Medical and sanitary report of the native army of Madras for the year
Year: 1875
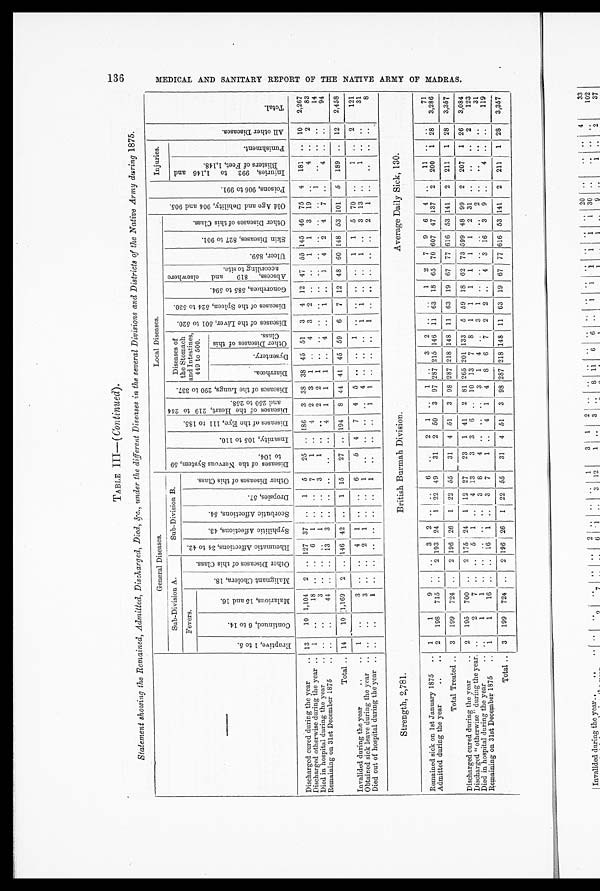
TABLE III— (Continued).
Statement showing the Remained, Admitted, Discharged, Died, &c., under the different Diseases in the several Divisions and Districts of the Native Army during 1875.
—
General Diseases.
Local Diseases.
O l d A g e a n d D e b i l i t y , 9 0 4 a n d 9 0 5 .
P o i s o n s , 9 0 6 t o 9 9 1 .
Injuries.
A l l o t h e r D i s e a s e s .
Total.
Sub-Division A.
Sub-Division B.
D i s e a s e s o f t h e N e r v o u s S y s t e m , 5 9 t o 1 0 4 .
I n s a n i t y , 1 0 5 t o 1 1 0 .
D i s e a s e s o f t h e E y e , 1 1 1 t o 1 8 5 .
D i s e a s e s o f t h e H e a r t , 2 1 9 t o 2 4 4 a n d 2 5 0 t o 2 5 8 .
D i s e a s e s o f t h e L u n g s , 2 9 0 t o 3 3 7 .
Diseases of
the Stomach
and Intestines,
449 to 500.
D i s e a s e s o f t h e L i v e r , 5 0 1 t o 5 2 0 . D i s e a s e s o f t h e S p l e e n , 5 2 4 t o 5 3 0 .
G o n o r r h œ a , 5 8 5 t o 5 9 4 .
A b s c e s s , 8 1 9 a n d e l s e w h e r e a c c o r d i n g t o s i t e .
U l c e r , 8 5 9 .
S k i n D i s e a s e s , 8 2 7 t o 9 0 1 . O t h e r D i s e a s e s o f t h i s C l a s s .
I n j u r i e s , 9 9 2 t o 1 , 1 4 6 a n d B l i s t e r s o f F e e t , 1 , 1 4 8 .
P u n i s h me n t .
Fevers.
M a l i g n a n t C h o l e r a , 1 8 .
O t h e r D i s e a s e s o f t h i s C l a s s .
R h e u m a t i c A f f e c t i o n s , 3 4 t o 4 2 .
S y p h i l i t i c A f f e c t i o n s , 4 3 . S c o r b u t i c A f f e c t i o n s , 5 4 .
Dr o p s i e s , 5 7 .
O t h e r D i s e a s e s o f t h i s C l a s s .
E r u p t i v e , 1 t o 5 .
C o n t i n u e d , 6 t o 1 4 .
M a l a r i o u s , 1 5 a n d 1 6 .
Di a r r h œa .
Dys e nt e r y.
O t h e r D i s e a s e s o f t h i s C l a s s .
Discharged cured during the year
.. 13
10 1,104 2 .. 127 37 ..
1 5
25 .. 186 3 38 38 45 51
3 4 12 47 55 145 46 75 4 181 .. 10
2,267
Discharged otherwise during the year .. 1
..
18 .. ..
6 1 .. ..
7
1 ..
4 2 3 1 ..
4 3 2 ..
1
1 3 19 ..
4 ..
2
83
Died in hospital during the year
.. ..
..
3 .. .. ..
1 .. ..
3
1
2 2 1
.. .. .. ..
1
14
Remaining on 31st December 1875
. .. .
44 .
.. 13 3 .. .. ..
..
..
4 1
1
1 ..
4 ..
1 .
1
4 2 4 7 .
4 .. ..
94
Total .. 14 10
1,169 2 .. 146 42 ..
1 15
27 . . 194 8 44 41 45 59 6 7 12 48 60 148 53 101 5 189 . . 12
2,458
Invalided during the year
1
3 .. ..
4 1 .. ..
6
5 4
7 4 5 .. ..
1 .. .. .. ..
1
1 5 70 ..
1 ..
2
121
Obtained sick leave during the year .. ..
..
3 .. ..
2 1 .. ..
1
..
.. .. ..
4 .. .. ..
1
1 .. ..
1 ..
3 13 ..
1 .. ..
31
Died out of hospital during the year .. ..
..
1 .. .. .. .. .. .. 1
1 1
1
2 1
8
Strength, 2,781.
British Burmah Division.
Average Daily Sick, 130.
Remained sick on 1st January 1875 .. 1
1
9 .. ..
3 2 .. ..
6
..
2 1 ..
1 ..
3 2 .. ..
1 2 7 9 6 4 ..
11 .. ..
71
Admitted during the year
. . ..
2 198 715 ..
2 193 24 1 22 49
31 2 50 3 97 287 215 146 11 63 18 65 70 607 47 137 2 200 1 28
3,286
Total Treated .. 3 199 724 ..
2 196 26 1 22 55
31 4 51 3 98 287 218 148 11 63 19 67 77 616 53 141
2
211 1 28
3,357
Discharged cured during the year
.. 2 195 700 ..
2 175 24 1 12 27
23 1 41 2 81 265 201 133 5 59 18 62 73 599 48 99 2 207 1 26
3,084
Discharged "otherwise" during the year ..
2
7 .. ..
5 1 ..
4 13
3 3 6 .
10 13 7 8 1 1
1 1 1 1 2 31 ..
..
..
2
123
Died in hospital during the year
.. ..
1
1 .. .. .. .. ..
3 8
4 .. .. ..
3 1 4 ..
3 1 .........
2 .......
31
Remaining on 31st December 1875
.. 1
1
16 .. .. 16 1 ..
3 7
1 ..
4 1 4 8 6 7 2 2 ..
4 3 16 3 9 .. 4
119
Total .. 3 199 724 .
2 196 26 1 22 55
31 4 51 3 98 287 218 148 11 63 19 67 77 616 53
141
2 211 1 28
3,357